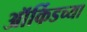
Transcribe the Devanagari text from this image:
ऑर्किडच्या